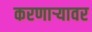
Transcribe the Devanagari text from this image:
करणाऱ्यावर